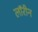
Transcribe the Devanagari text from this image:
लॉरीन